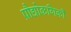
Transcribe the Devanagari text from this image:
प्रौद्योकगिकी